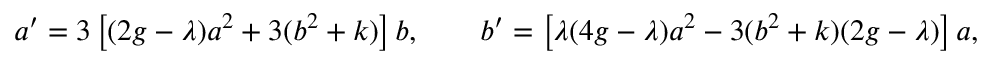
a ^ { \prime } = 3 \left[ ( 2 g - \lambda ) a ^ { 2 } + 3 ( b ^ { 2 } + k ) \right] b , \qquad b ^ { \prime } = \left[ \lambda ( 4 g - \lambda ) a ^ { 2 } - 3 ( b ^ { 2 } + k ) ( 2 g - \lambda ) \right] a ,